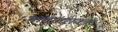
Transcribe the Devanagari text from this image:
भाषांतराकार